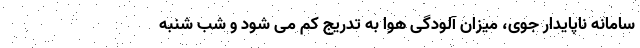
سامانه ناپایدار جوی، میزان آلودگی هوا به تدریج کم می شود و شب شنبه